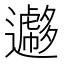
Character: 𨘮